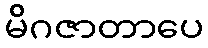
မိဂဇာတာပေ